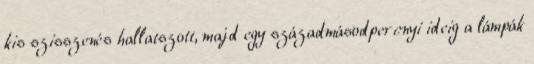
kis szisszenés hallatszott, majd egy századmásodpercnyi ideig a lámpák